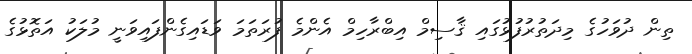
ތިން ދުވަހުގެ މިދަތުރުފުޅުގައި ޤާސިމް އިބްރާހިމް އެންމެ ފުރަތަމަ ވަޑައިގެންފައިވަނީ މުލަކު އަތޮޅުގެ